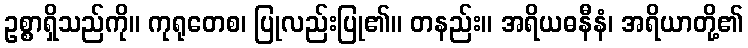
ဥစ္စာရှိသည်ကို။ ကုရုတေစ၊ ပြုလည်းပြု၏။ တနည်း။ အရိယဓနီနံ၊ အရိယာတို့၏